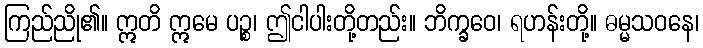
ကြည်ညို၏။ ဣတိ ဣမေ ပဉ္စ၊ ဤငါပါးတို့တည်း။ ဘိက္ခဝေ၊ ရဟန်းတို့။ ဓမ္မသဝနေ၊